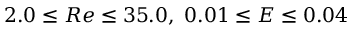
2 . 0 \le R e \le 3 5 . 0 , \, \, 0 . 0 1 \le E \le 0 . 0 4